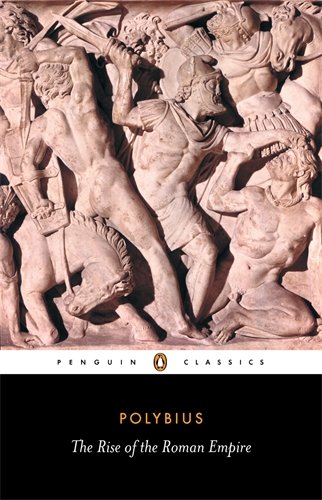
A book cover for The Rise of the Roman Empire (Penguin Classics); Polybius; History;